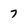
Character: 7